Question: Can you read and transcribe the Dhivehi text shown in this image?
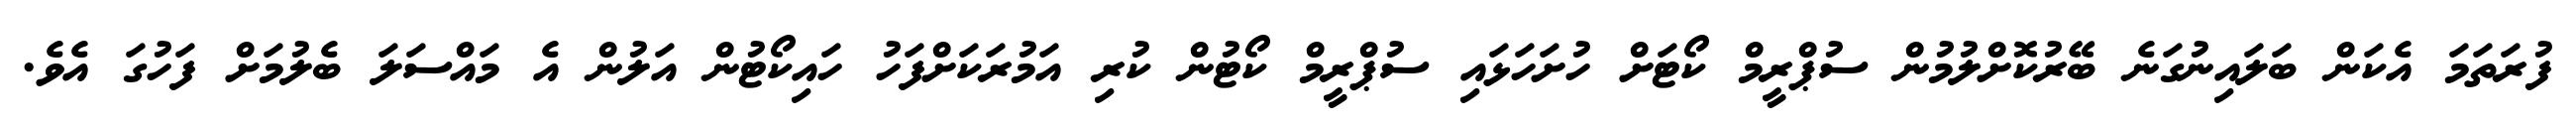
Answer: ފުރަތަމަ އެކަން ބަލައިނުގަނެ ބޭރުކޮށްލުމުން ސުޕްރީމް ކޯޓަށް ހުށަހަޅައި ސުޕްރީމް ކޯޓުން ކުރި އަމުރަކަށްފަހު ހައިކޯޓުން އަލުން އެ މައްސަލަ ބެލުމަށް ފަހުގަ އެވެ.